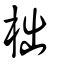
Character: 柮